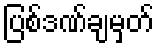
ပြစ်ဒဏ်ချမှတ်